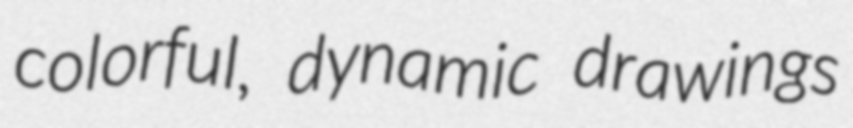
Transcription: colorful, dynamic drawings